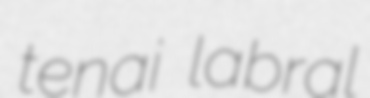
tenai labral